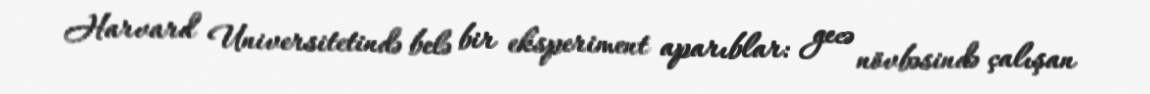
Harvard Universitetində belə bir eksperiment aparıblar: gecə növbəsində çalışan